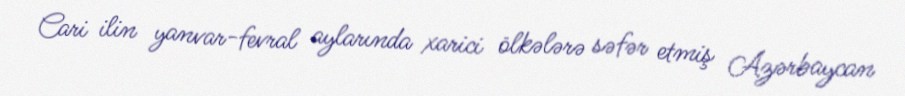
Cari ilin yanvar-fevral aylarında xarici ölkələrə səfər etmiş Azərbaycan